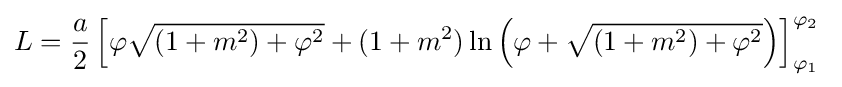
L={\frac {a}{2}}\left[\varphi {\sqrt {(1+m^{2})+\varphi ^{2}}}+(1+m^{2})\ln \left(\varphi +{\sqrt {(1+m^{2})+\varphi ^{2}}}\right)\right]_{\varphi _{1}}^{\varphi _{2}}\